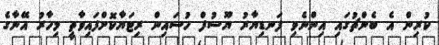
ކުރިން އެ ބެންޗުގައި އިންނެވި ފަނޑިޔާރު ޔޫސުފް ހުސައިން ރިޓަޔާކޮށްފައިވާތީ މިހާރު އޭނާގެ